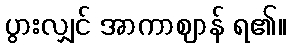
ပွားလျှင် အာကာဈာန် ရ၏။